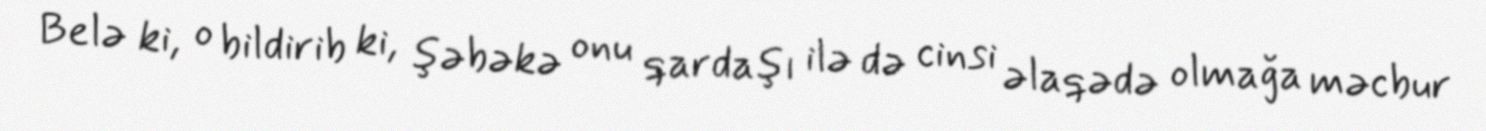
Belə ki, o bildirib ki, şəbəkə onu qardaşı ilə də cinsi əlaqədə olmağa məcbur